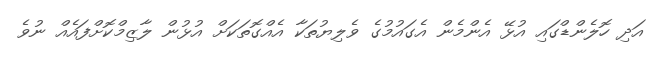
އަދި ހޮލެންޑްގައި އުޅޭ އެންމެން އެގައުމުގެ ވެލިޔުތަކާ އެއްގޮތަކަށް އުޅުން ލާޒިމްކޮށްފައެއް ނުވެ